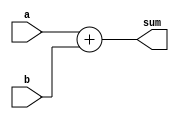
module adder(
    input wire [7:0] a,
    input wire [7:0] b,
    output wire [8:0] sum
);

reg [8:0] fullsum;

assign sum = fullsum;

always @(*)
begin
    fullsum = a + b;
end

endmodule